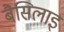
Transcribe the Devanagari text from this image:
बैसिलाइ